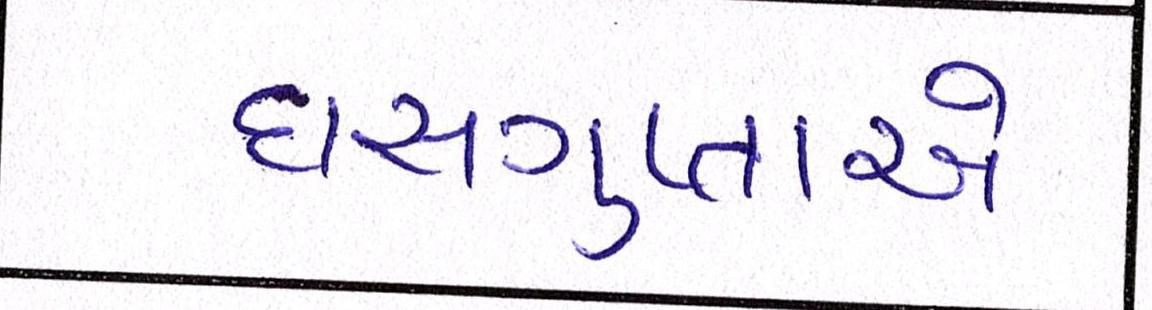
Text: દાસગુપ્તાએ